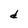
Character: d